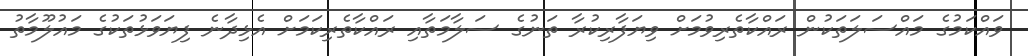
ވައްކަމުގެ މައްސަލަތަކުން ރައްކާތެރިވުމަށް ވިޔަފާރިކުރާ ތަނުގެ ސަލާމަތާއި ރައްކާތެރިކަމަށް އެޅިދާނެ ފިޔަވަޅުތަކުގެ މައުލޫމާތު